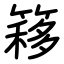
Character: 簃